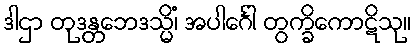
ဒါဌာ တုဒန္တဘေဒသ္မိံ၊ အပါင်္ဂေါ တွက္ခိကောဋိသု။